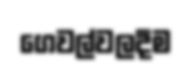
ගෙවල්වලදීම